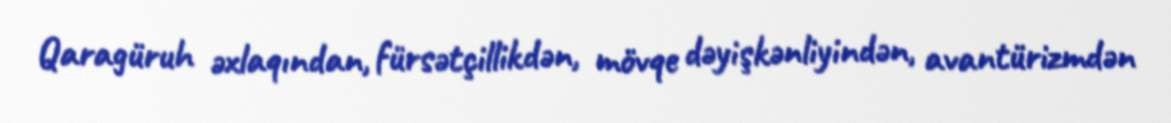
Qaragüruh əxlaqından, fürsətçillikdən, mövqe dəyişkənliyindən, avantürizmdən